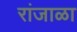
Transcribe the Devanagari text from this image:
रांजाळा